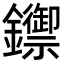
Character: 𨯣